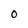
Character: O